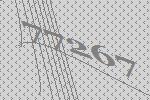
77267